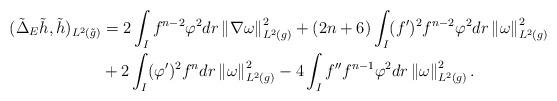
LaTeX: \begin{align*}\begin{aligned}(\tilde{\Delta}_E\tilde{h},\tilde{h})_{L^2(\tilde{g})}&=2\int_{I}f^{n-2}\varphi^2dr\left\|\nabla \omega\right\|_{L^2(g)}^2 +(2n+6)\int_{I}(f')^2f^{n-2}\varphi^2dr\left\|\omega\right\|_{L^2(g)}^2\\& +2\int_{I}(\varphi')^2f^{n}dr\left\|\omega\right\|_{L^2(g)}^2 -4\int_{I}f''f^{n-1}\varphi^2dr\left\|\omega\right\|_{L^2(g)}^2.\end{aligned}\end{align*}